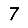
Digit: 7